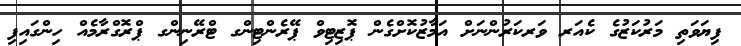
ފިޔަވަތި މަރުކަޒުގެ ކެއަރ ވަރކަރުންނަށް އަމާޒުކޮށްގެން ޕޮޒިޓިވް ޕޭރެންޓިންގ ޓްރޭނިންގ ޕްރޮގްރާމެއް ހިންގައިފި